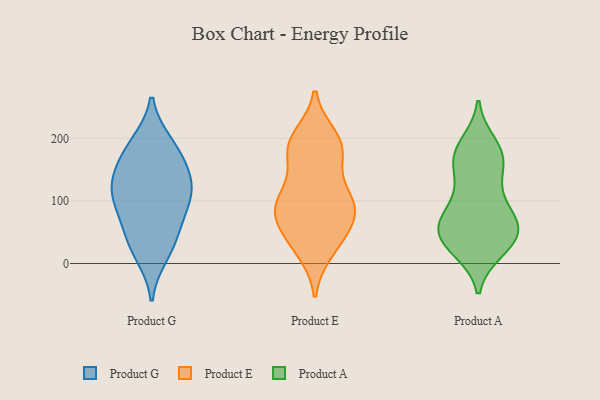
{"axis": {"x": "Demand Index", "y": "Value"}, "legend": ["Product A", "Product E", "Product G"], "data": [{"x": "", "y": 164, "type": "Product G"}, {"x": "", "y": 130, "type": "Product G"}, {"x": "", "y": 15, "type": "Product G"}, {"x": "", "y": 191, "type": "Product G"}, {"x": "", "y": 119, "type": "Product G"}, {"x": "", "y": 34, "type": "Product G"}, {"x": "", "y": 140, "type": "Product G"}, {"x": "", "y": 47, "type": "Product G"}, {"x": "", "y": 89, "type": "Product G"}, {"x": "", "y": 185, "type": "Product G"}, {"x": "", "y": 111, "type": "Product G"}, {"x": "", "y": 87, "type": "Product G"}, {"x": "", "y": 104, "type": "Product E"}, {"x": "", "y": 87, "type": "Product E"}, {"x": "", "y": 183, "type": "Product E"}, {"x": "", "y": 185, "type": "Product E"}, {"x": "", "y": 108, "type": "Product E"}, {"x": "", "y": 200, "type": "Product E"}, {"x": "", "y": 179, "type": "Product E"}, {"x": "", "y": 52, "type": "Product E"}, {"x": "", "y": 22, "type": "Product E"}, {"x": "", "y": 82, "type": "Product E"}, {"x": "", "y": 58, "type": "Product E"}, {"x": "", "y": 94, "type": "Product E"}, {"x": "", "y": 30, "type": "Product E"}, {"x": "", "y": 98, "type": "Product E"}, {"x": "", "y": 185, "type": "Product E"}, {"x": "", "y": 54, "type": "Product A"}, {"x": "", "y": 54, "type": "Product A"}, {"x": "", "y": 177, "type": "Product A"}, {"x": "", "y": 158, "type": "Product A"}, {"x": "", "y": 135, "type": "Product A"}, {"x": "", "y": 99, "type": "Product A"}, {"x": "", "y": 63, "type": "Product A"}, {"x": "", "y": 100, "type": "Product A"}, {"x": "", "y": 25, "type": "Product A"}, {"x": "", "y": 69, "type": "Product A"}, {"x": "", "y": 191, "type": "Product A"}, {"x": "", "y": 40, "type": "Product A"}, {"x": "", "y": 47, "type": "Product A"}, {"x": "", "y": 153, "type": "Product A"}, {"x": "", "y": 180, "type": "Product A"}, {"x": "", "y": 24, "type": "Product A"}, {"x": "", "y": 21, "type": "Product A"}, {"x": "", "y": 55, "type": "Product A"}, {"x": "", "y": 174, "type": "Product A"}, {"x": "", "y": 76, "type": "Product A"}]}